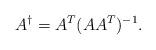
LaTeX: \begin{align*} A^\dag =A^T(AA^T)^{-1}. \end{align*}